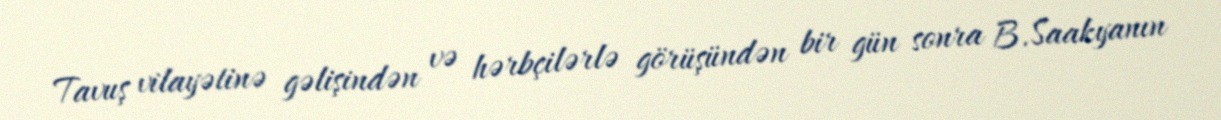
Tavuş vilayətinə gəlişindən və hərbçilərlə görüşündən bir gün sonra B.Saakyanın